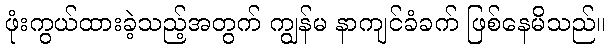
ဖုံးကွယ်ထားခဲ့သည့်အတွက် ကျွန်မ နာကျင်ခံခက် ဖြစ်နေမိသည်။